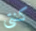
كنتى